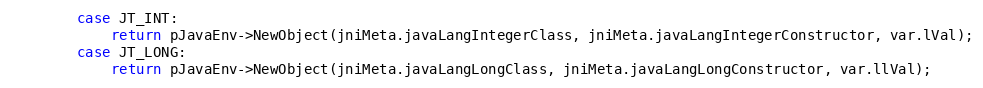
Language: C++
		case JT_INT:
			return pJavaEnv->NewObject(jniMeta.javaLangIntegerClass, jniMeta.javaLangIntegerConstructor, var.lVal);
		case JT_LONG:
			return pJavaEnv->NewObject(jniMeta.javaLangLongClass, jniMeta.javaLangLongConstructor, var.llVal);